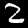
Label: 2